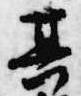
其